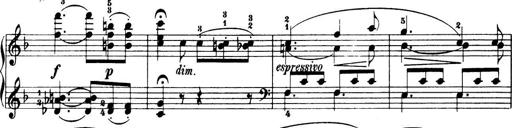
Title: 32 Sonatinas and Rondos for the Piano
Composer: Richard Kleinmichel